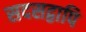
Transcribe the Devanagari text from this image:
सदसद्वापि